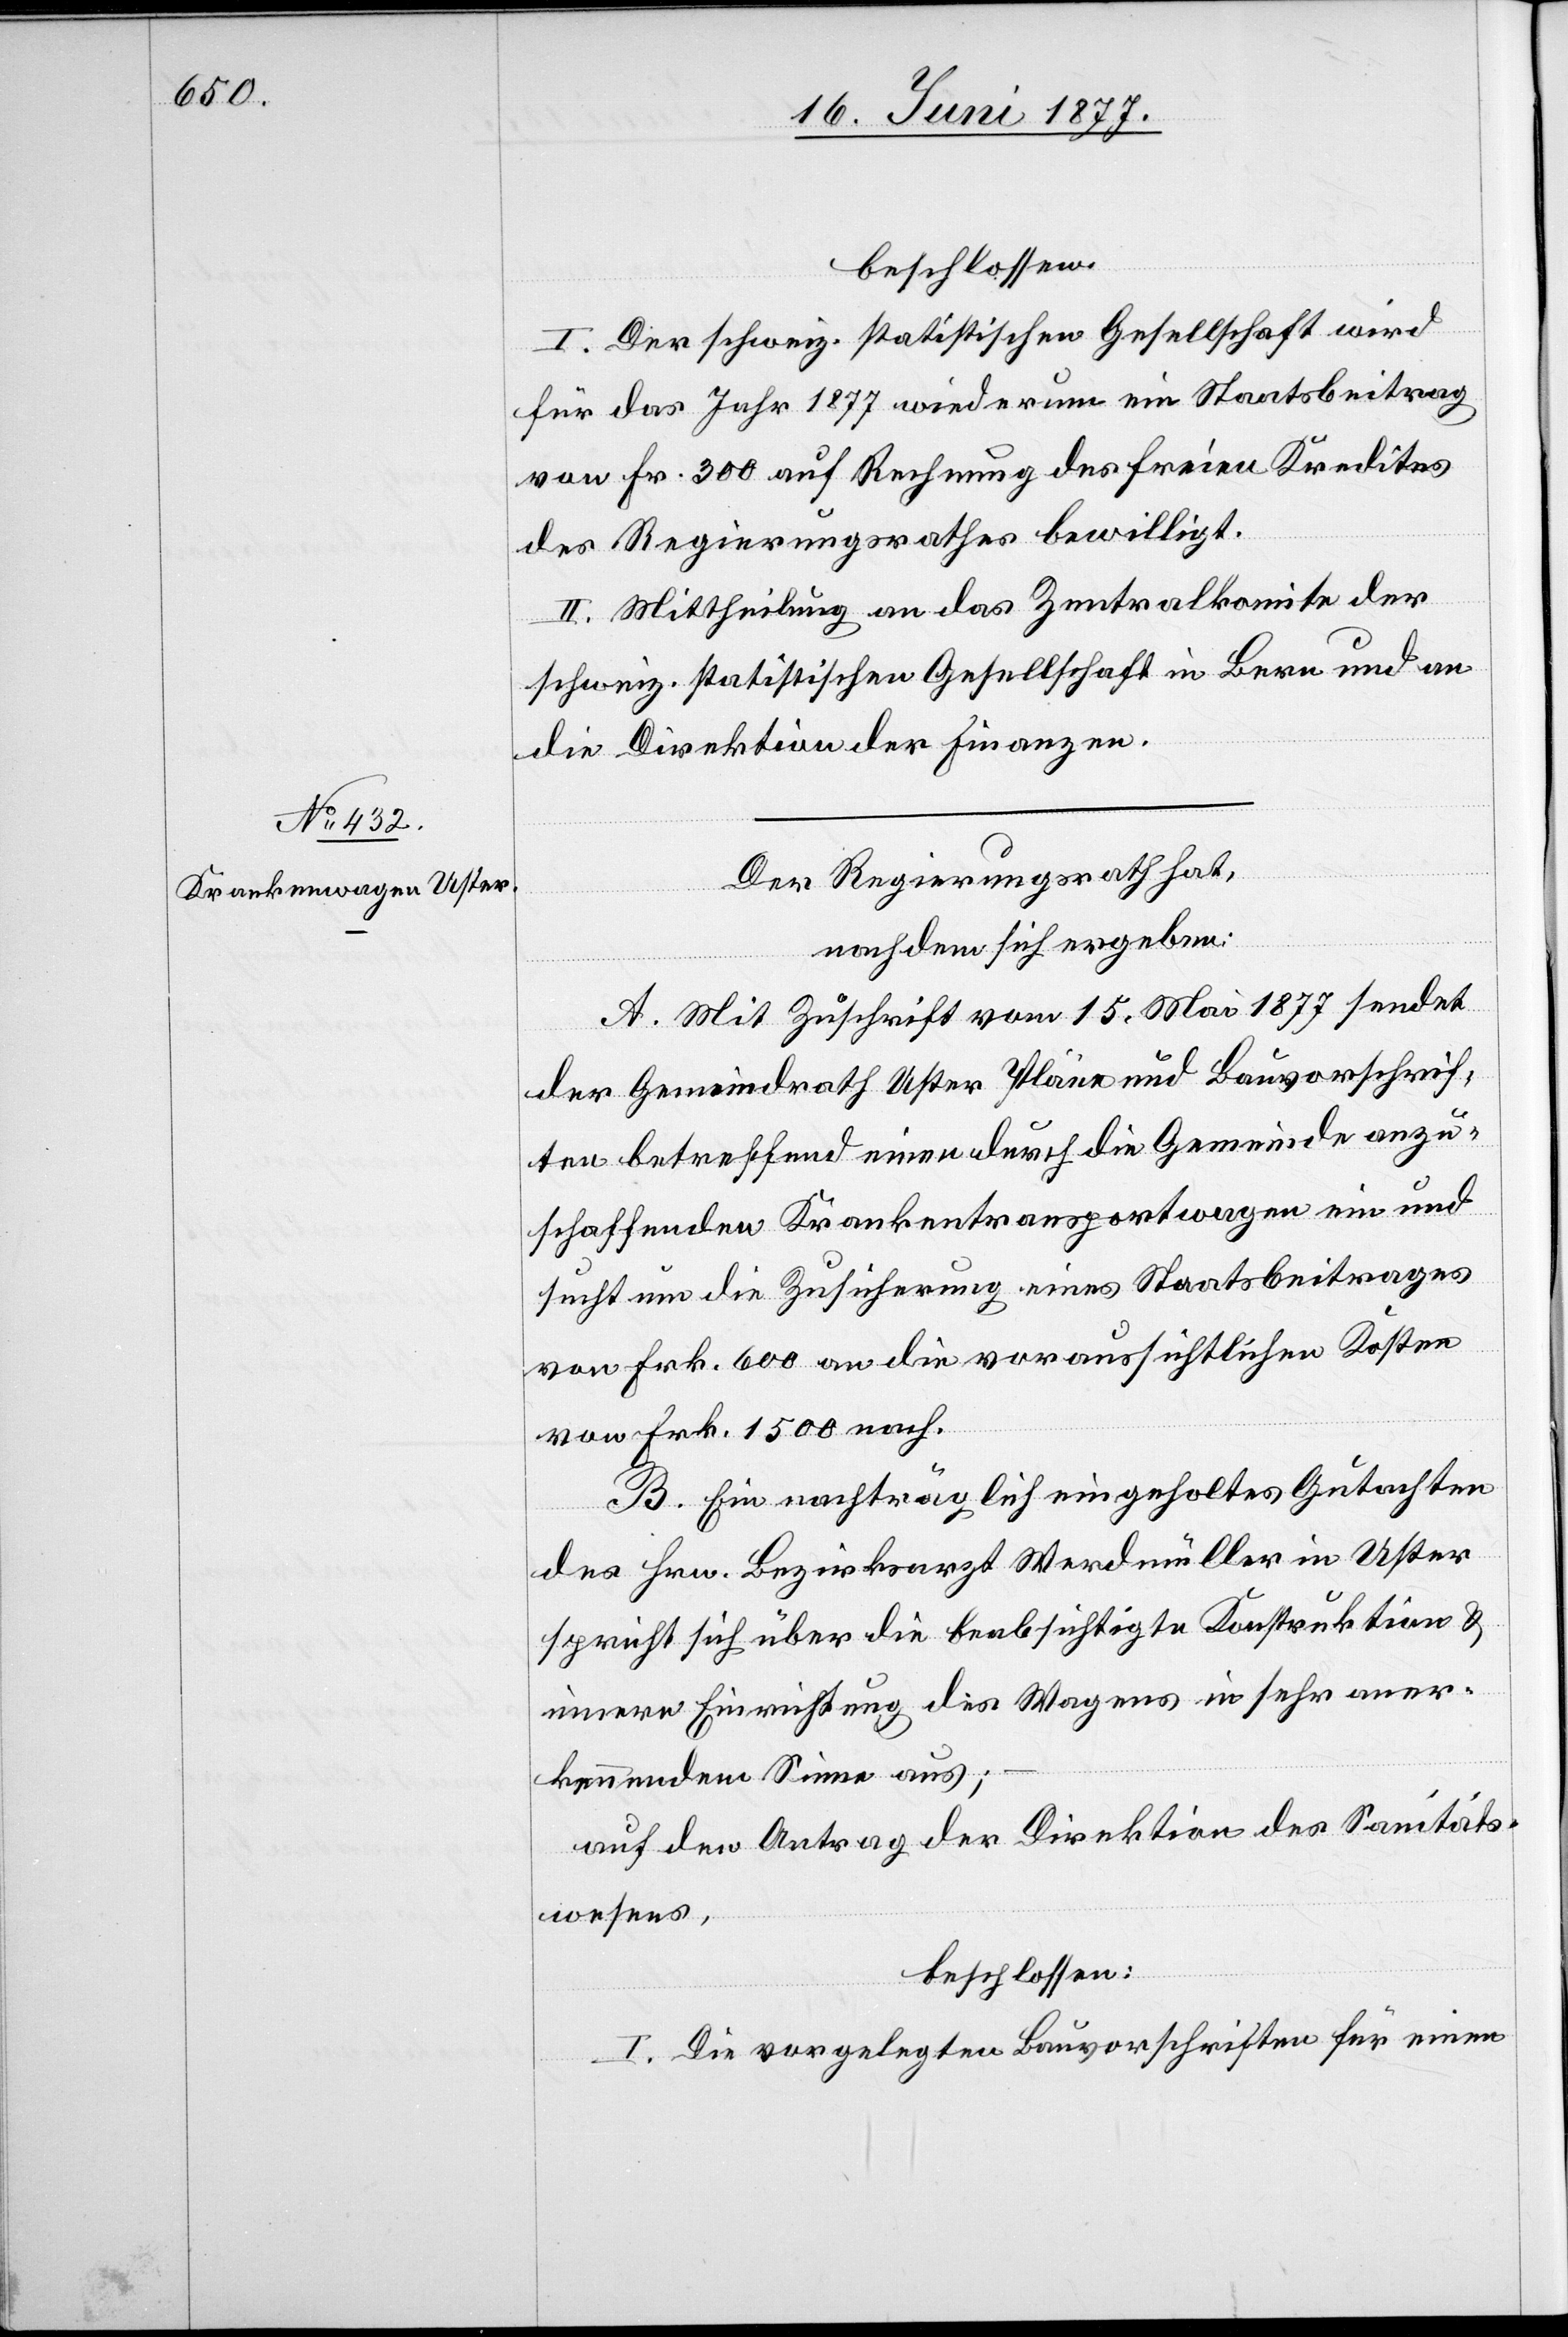
beschlossen:
I. Der schweiz. statistischen Gesellschaft wird
für das Jahr 1877 wiederum ein Staatsbeitrag
von Fr. 300 auf Rechnung des freien Kredites
des Regierungsrathes bewilligt.
II. Mittheilung an das Zentralkomite der
schweiz. statistischen Gesellschaft in Bern und an
die Direktion der Finanzen.
Der Regierungsrath hat,
nachdem sich ergeben:
A. Mit Zuschrift vom 15. Mai 1877 sendet
der Gemeindrath Uster Pläne und Bauvorschrif¬
ten betreffend einen durch die Gemeinde anzu¬
schaffenden Krankentransportwagen ein und
sucht um die Zusicherung eines Staatsbeitrages
von Frk. 600 an die voraussichtlichen Kosten
von Frk. 1500 nach.
B. Ein nachträglich eingeholtes Gutachten
des Hrn. Bezirksarzt Werdmüller in Uster
spricht sich über die beabsichtigte Konstruktion &
innere Einrichtung des Wagens in sehr aner¬
kennendem Sinne aus;
auf den Antrag der Direktion des Sanitäts¬
wesens,
beschlossen:
I. Die vorgelegten Bauvorschriften für einen